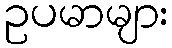
ဥပမာများ